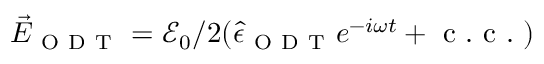
\vec { E } _ { \mathrm { ~ O ~ D ~ T ~ } } = \mathcal { E } _ { 0 } / 2 ( \hat { \epsilon } _ { \mathrm { ~ O ~ D ~ T ~ } } e ^ { - i \omega t } + \mathrm { ~ c ~ . ~ c ~ . ~ } )